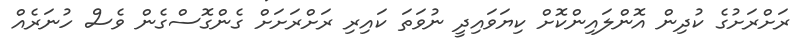
ރަށްރަށުގެ ކުދިން އޮންލައިންކޮށް ކިޔަވައިދީ ނުވަތަ ކައިރި ރަށްރަށަށް ގެންގޮސްގެން ވެސް ހުނަރެއް